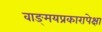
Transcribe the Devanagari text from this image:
वाङ्‌मयप्रकारापेक्षा